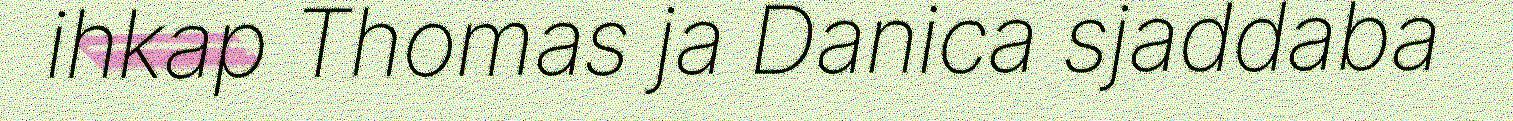
ihkap Thomas ja Danica sjaddaba